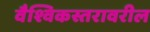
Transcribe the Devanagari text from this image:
वैश्विकस्तरावरील